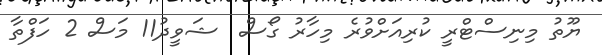
ޔޫތު މިނިސްޓްރީ ކުރިއަށްވުރެ މިހާރު ގޯސް  ޝަވީދު11 މަސް 2 ހަފްތާ